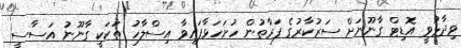
ވިދާޅުވީ އޮޑިޓް ގާނޫނަށް ސަރުކާރުގެ ފަރާތުން ހުށަހަޅާފައިވާ އިސްލާހު ތަކަކީ ގާނޫނު އަސާސީ